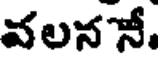
వలన నే.